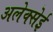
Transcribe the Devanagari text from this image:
अलेक्सेई